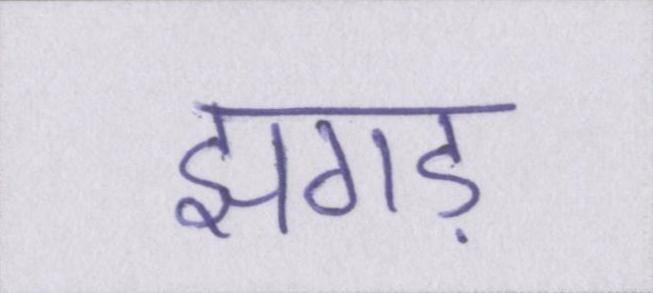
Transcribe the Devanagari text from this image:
झगड़